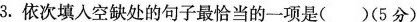
3.依次填入空缺处的句子最恰当的一项是()(5分)